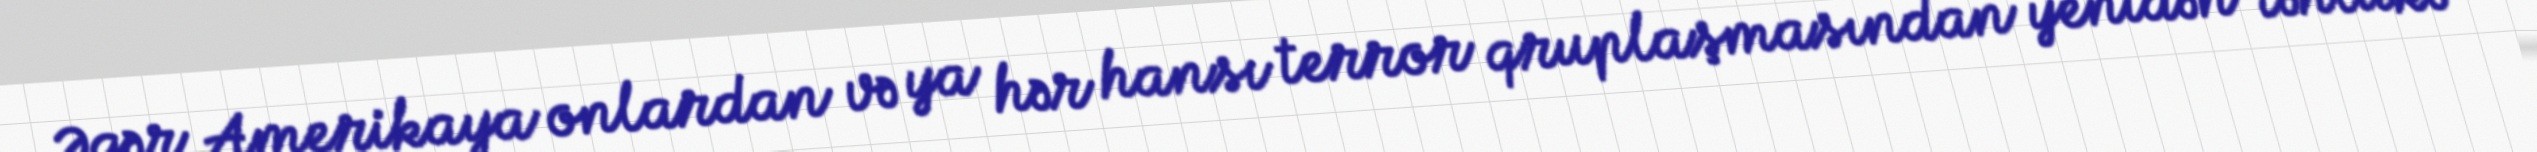
Əgər Amerikaya onlardan və ya hər hansı terror qruplaşmasından yenidən təhlükə